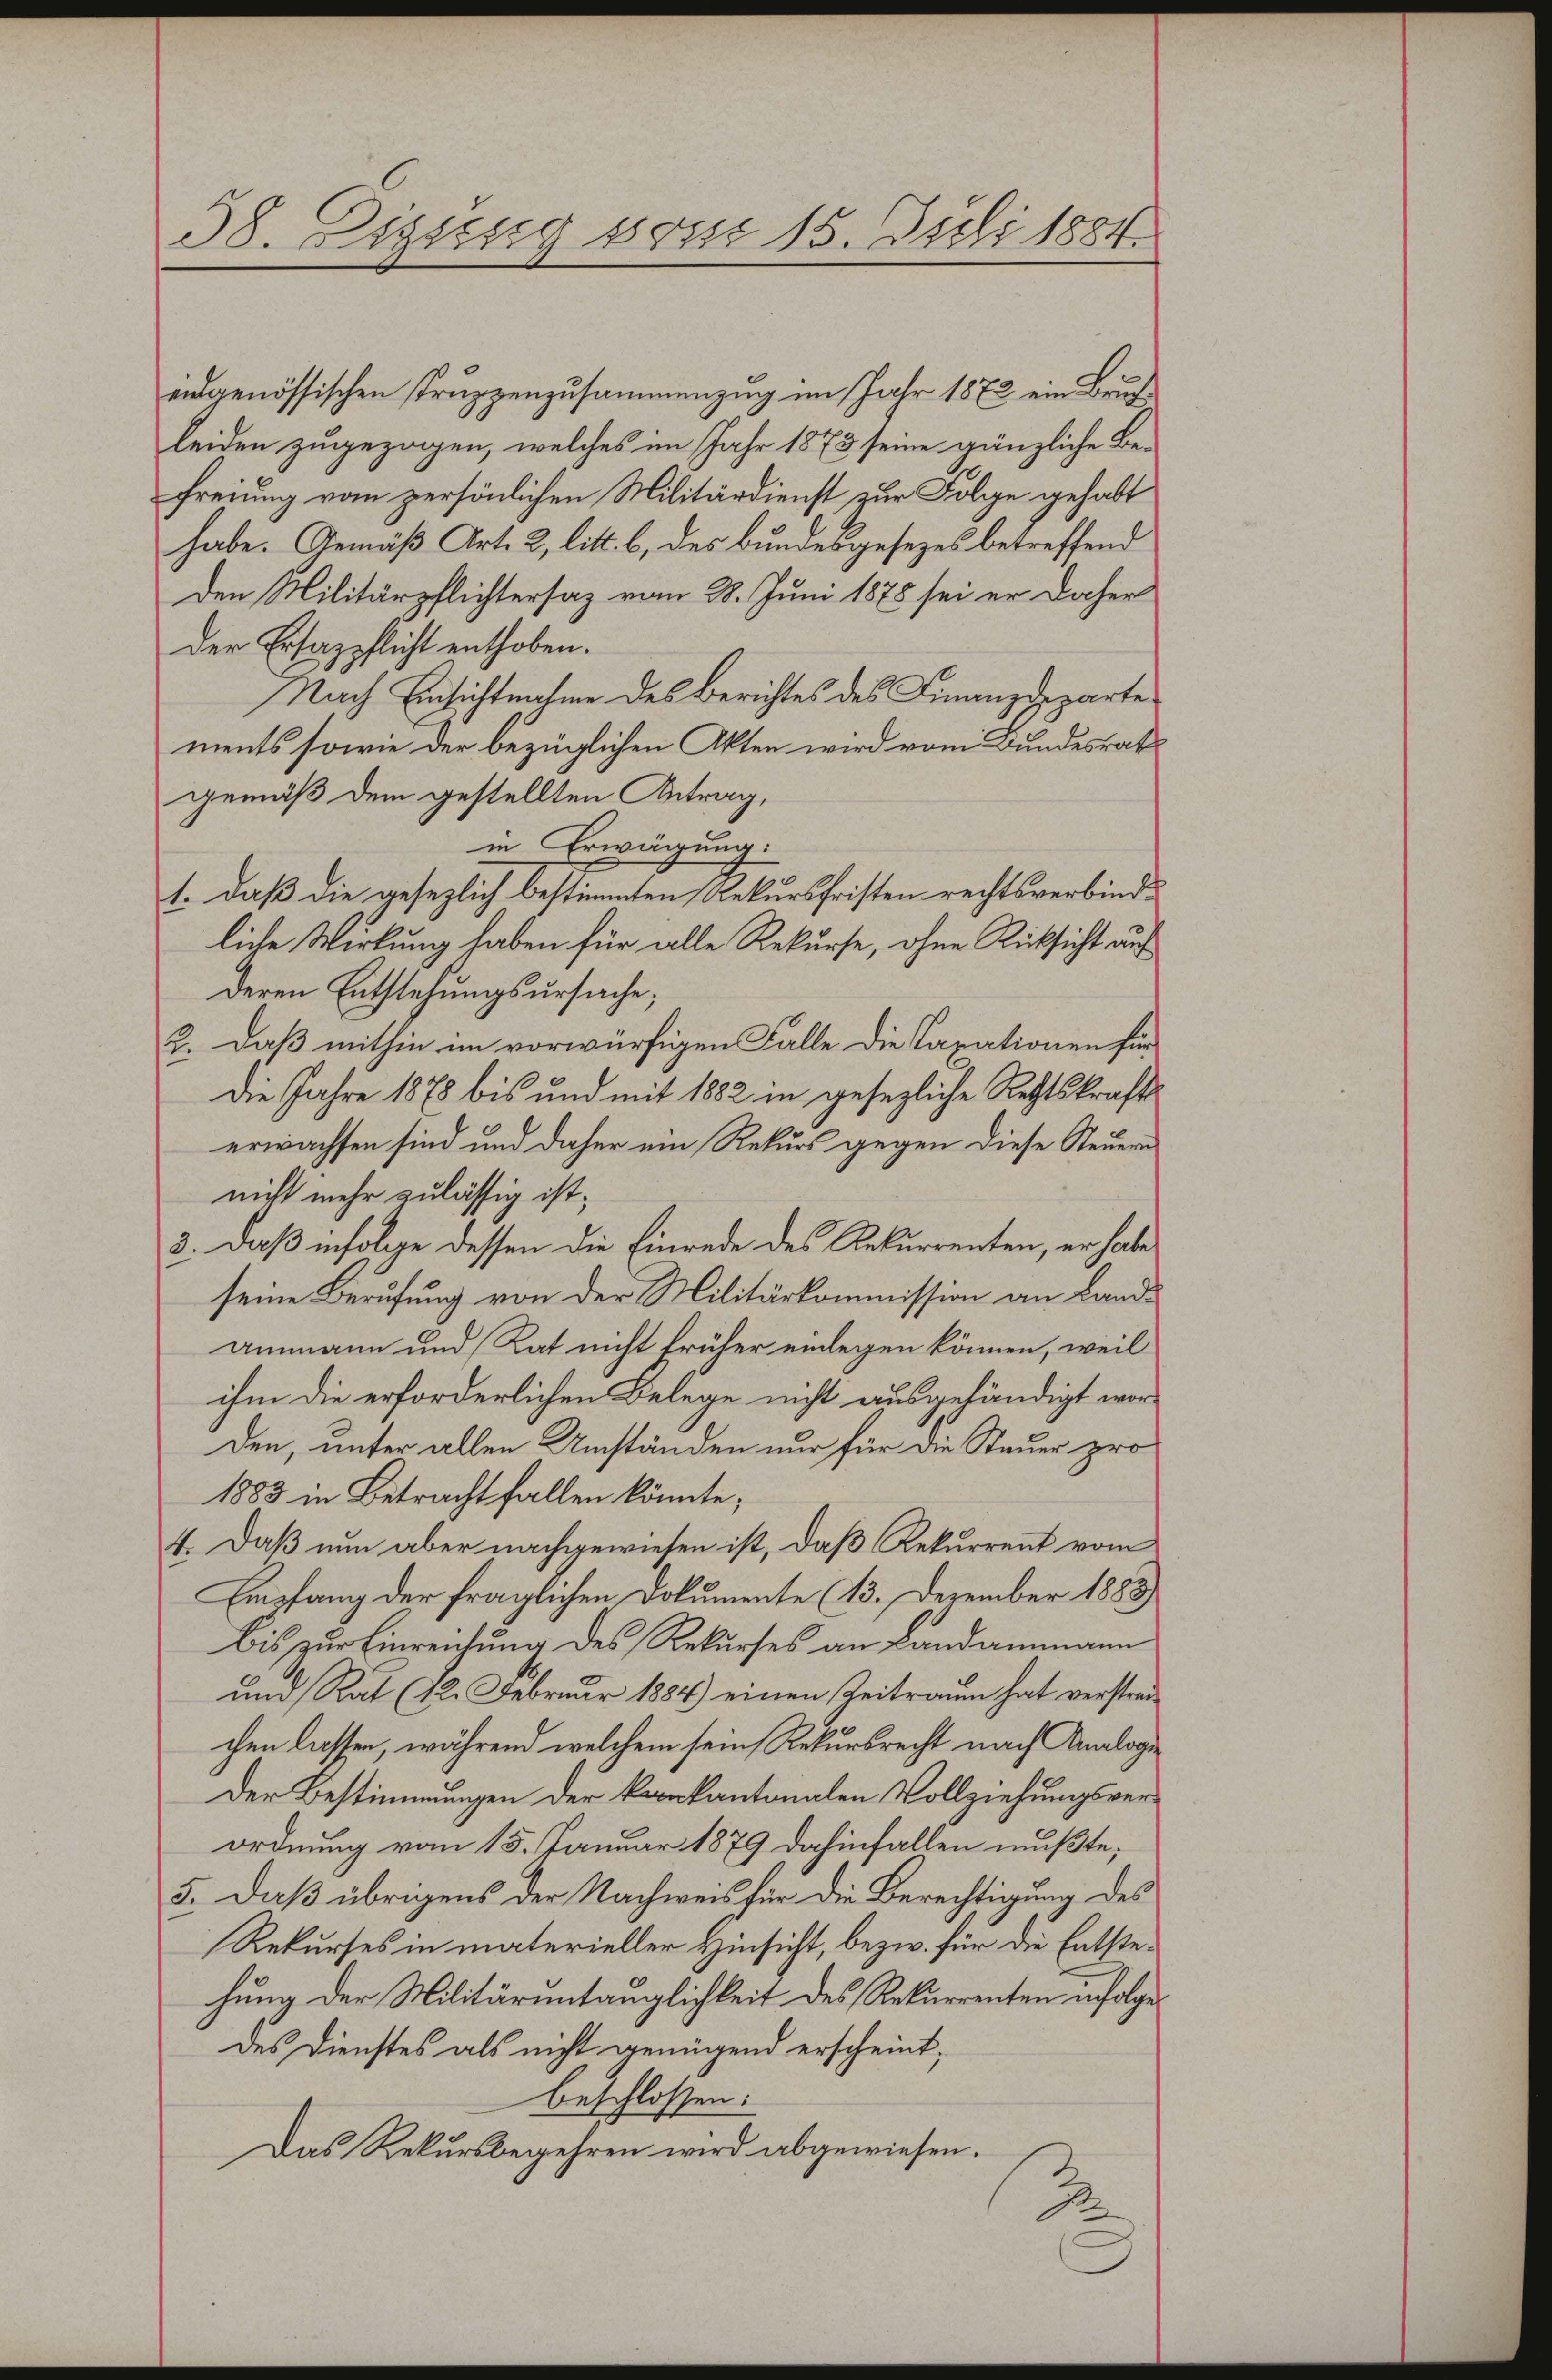
38. Eizung vom 15. Juli 1884.

eidgenössischen Truppenzusammenzug im Jahr 1872 ein Brufleiden zugezogen, welches im Jahr 1873 seine gänzliche Be-
freiung vom persönlichen Militärdienst zur Folge gehabt
habe. Gemäß Art. 2, litt. b, des Bundesgesezes betreffend
den Militärpflichtersaz vom 28. Juni 1878 sei er daher
der Ersazpflicht enthoben.
Nach Einsichtnahme des Berichtes des Finanzdeparte
ments sowie der bezüglichen Akten wird vom Bundesrath
gemäß dem gestellten Antrag,
in Erwägung:
1. daß die gesezlich bestimmten Rekursfristen rechtsverbindliche Wirkung haben für alle Rekurse, ohne Rücksicht auf
deren Entstehungsursache;
2. Daß mithin im vorwürfigen Falle die Taxationen für
Die Jahre 1878 bis und mit 1882 in gesezliche Rechtskrafts
erwachsen sind und daher ein Rekurs gegen diese Steuern
nicht mehr zulässig ist,
3. Daß infolge dessen die Einrede des Rekurrenten, er habe
seine Berufung von der Militärkommission an Landammann und Rat nicht früher einlegen können, weil
ihm die erforderlichen Belege nicht ausgehändigt worden, unter allen Umständen nur für die Steuer pro
1883 in Betracht fallen könnte;
4. Daß nun aber nachgewiesen ist, daß Rekurrent vom
Empfang der fraglichen Dokumente (13. Dezember 1883
Bis zur Einreichung des Rekurses an Landammann
und Rat (12. Februar 1884) einen Zeitraum hat verstrauchen lassen, während welchem sein Rekursrecht nach Analogi¬
Der Bestimmungen der Kankantonalen Vollziehungsverordnung vom 15. Januar 1879 dahinfallen mußte;
5. Daß übrigens der Nachweis für die Berechtigung des
Rekurses in materieller Hinsicht, bezw. für die Entstehung der Militärintänglichkeit des Rekurrenten infolge
des Dienstes als nicht genügend erscheint;
beschlossen:
Das Rekursbegehren wird abgewiesen.
2